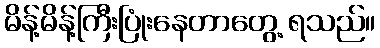
မိန့်မိန့်ကြီးပြုံးနေတာတွေ့ ရသည်။